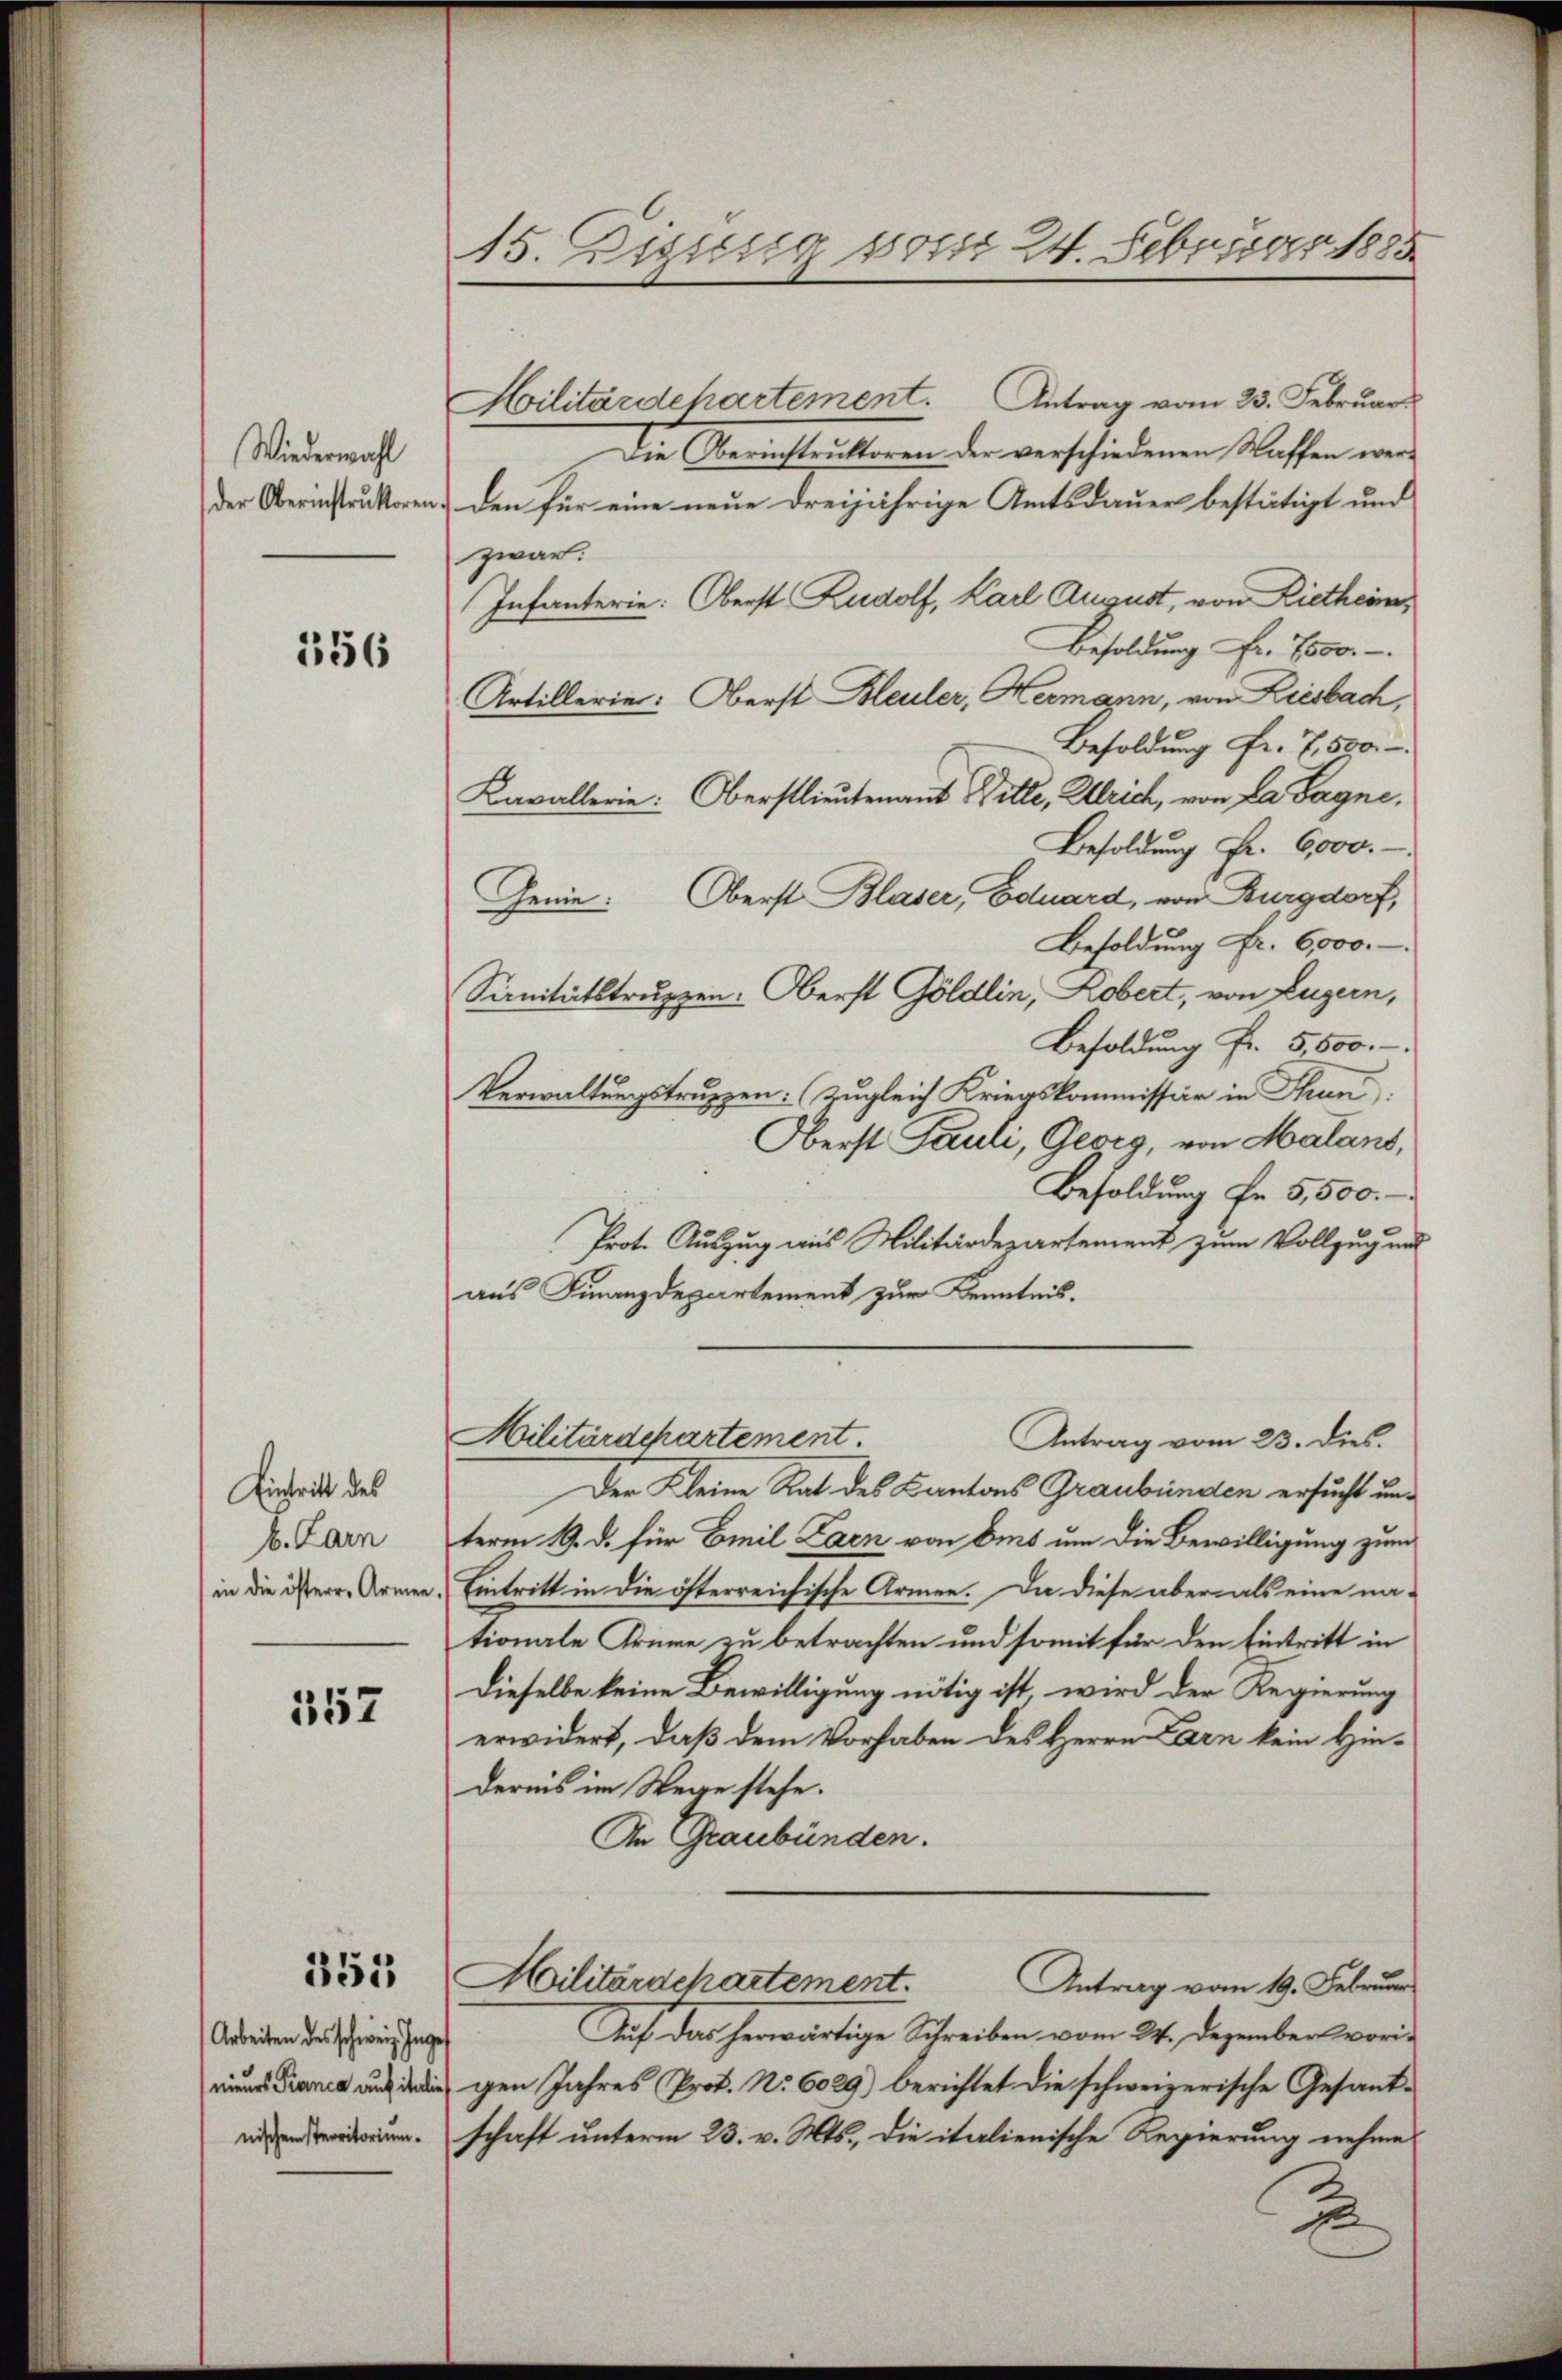
Wiederwahl
der Oberinstruktoren

356

Eintritt des
b. Larn
in die österre Armen,

352

355

Arbeiten des schweiz Inge
nischen sterritorium.

15. Zigisig vom 24. Februar 1885

Hilitärdepartement. Antrag vom 23. Februar
Die Oberinstruktoren der verschiedenen Waffen wer¬
Den für eine neue dreijährige Amtsdauer bestätigt und
zwar:
Infanterie: Oberst Rudolf, Karl August, von Rietheim,
Besoldung Fr. 7500.
Artillerie: Oberst Bleuler, Hermann, von Liesbach,
Besoldung Fr. 7,500.
Kavallerie: Oberstlieutenant Bitte, Ulrich, von La Pagne,
Besoldung Fr. 6,000.
Genie: Oberst Blaser, Eduard, von Burgdorf,
Besoldung Fr. 6,000.-
Sanitätstruppen: Oberst Göldlin, Robert, von Luzern,
Besoldung Fr. 5,500.-
Verwaltungstruppen. (zugleich Kriegskommissär in Thun
Oberst Pauli, Gegig, von Malans,
Besoldung Fr. 5,500.
Prot. Auszug aus Militärdepartement zum Vollzug und
aus Finanzdepartement zur Kenntnis.
Militärdepartement.
Antrag vom 23. dies.
Der Kleine Rat des Cantons Graubünden ersucht und
term 19. d. für Emil Zaen von Amt um die Bewilligung zum
Eintritt in die öfterreichische Armen. Da diese aber als eine na-
tionale Krinne zu betrachten und somit für den Eintritt in
Dieselbe keine Bewilligung nötig ist wird der Regierung
erwidert, daß dem Vorhaben des Herrn Carn kein Hin-
dernis im Wege stehe.
An Graubünden.
Militärschartement. Antrag vom 19. Februar
Auf das herwärtige Schreiben vom 24. Dezember vori-
   die gen Jahres Prof. No. 6029) berichtet die schweizerische Gesandschaft unterm 23. v. Mts., die italienische Regierung nehme
2